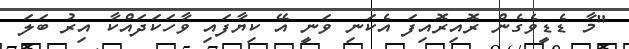
"މާ ޑެޑީވެގެން ރޮއިރޮއިފަ އެކަނި ވަނީ އޭ ކިޔާފައި ވާހަކަދައްކާ އިރު ބަލަ